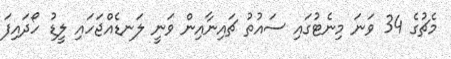
މެޗުގެ 34 ވަނަ މިނެޓުގައި ސައުތު ޗައިނާއިން ވަނީ ލަނޑެއްޖަހައި ލީޑު ހޯދައިފަ